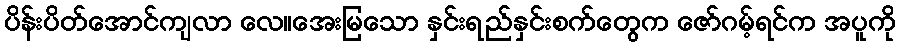
ပိန်းပိတ်အောင်ကျလာ လေ။အေးမြသော နှင်းရည်နှင်းစက်တွေက ဇော်ဂမ့်ရင်က အပူကို